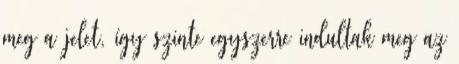
meg a jelet, így szinte egyszerre indultak meg az